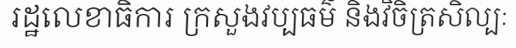
រដ្ឋលេខាធិការ ក្រសួងវប្បធម៌ និងវិចិត្រសិល្បៈ